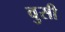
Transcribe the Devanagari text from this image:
वुसी